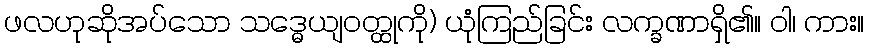
ဖလဟုဆိုအပ်သော သဒ္ဓေယျဝတ္ထုကို) ယုံကြည်ခြင်း လက္ခဏာရှိ၏။ ဝါ၊ ကား။